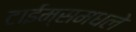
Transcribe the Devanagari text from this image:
टाईम्समधले